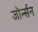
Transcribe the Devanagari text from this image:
जोर्न्सन